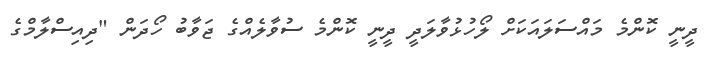
ދީނީ ކޮންމެ މައްސަލައަކަށް ލޯހުޅުވާލަދީ ދީނީ ކޮންމެ ސުވާލެއްގެ ޖަވާބު ހޯދަން "ދިއިސްލާމްގެ